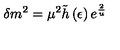
\delta m ^ { 2 } = \mu ^ { 2 } \tilde { h } \left( \epsilon \right) e ^ { \frac { 2 } { u } }